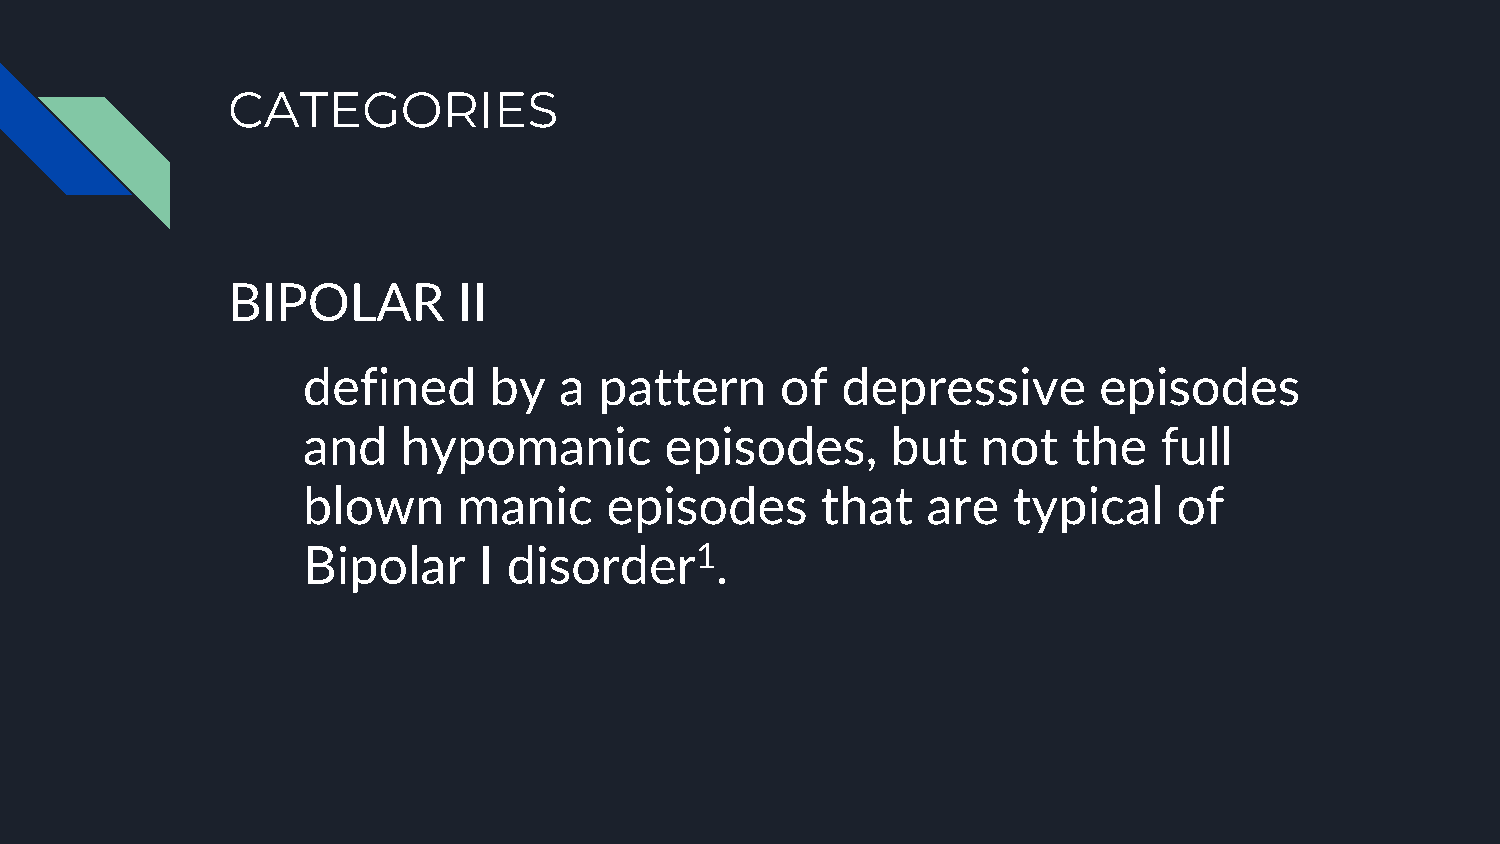
CATEGORIES
 BIPOLAR        II
 defined     by   a  pattern     of  depressive       episodes
 and    hypomanic        episodes,      but   not   the   full
 blown     manic     episodes      that   are   typical    of
 Bipolar     I disorder1.